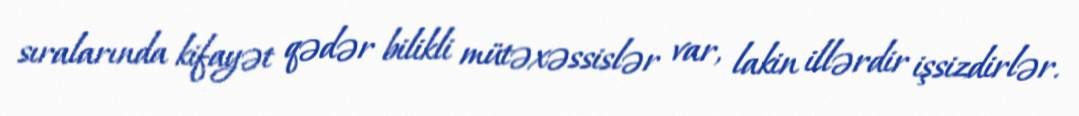
sıralarında kifayət qədər bilikli mütəxəssislər var, lakin illərdir işsizdirlər.